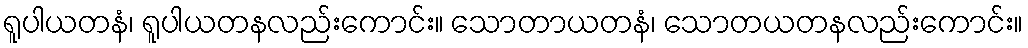
ရူပါယတနံ၊ ရူပါယတနလည်းကောင်း။ သောတာယတနံ၊ သောတယတနလည်းကောင်း။